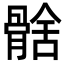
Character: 𩩗